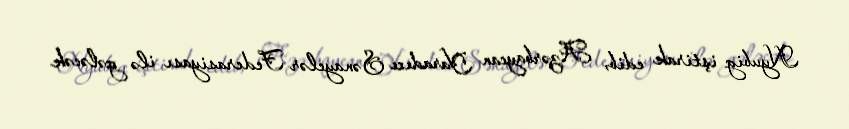
Nyubig iştirak edib, Azərbaycan Yaradıcı Sənayelər Federasiyası ilə gələcək